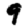
Digit: 9